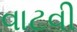
વાટવી